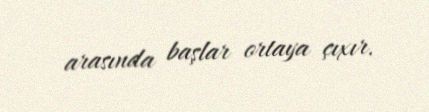
arasında başlar ortaya çıxır.